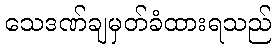
သေဒဏ်ချမှတ်ခံထားရသည်